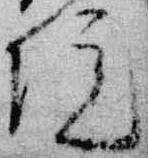
院